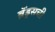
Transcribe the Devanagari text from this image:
ब्रॅड्सची